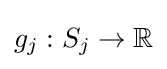
g_{j}:S_{j}\to \mathbb {R}